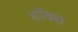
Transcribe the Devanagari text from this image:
शॉक्स